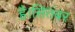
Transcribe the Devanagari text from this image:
है।सितंबर